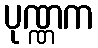
ပုဏ္ဏက